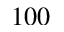
1 0 0